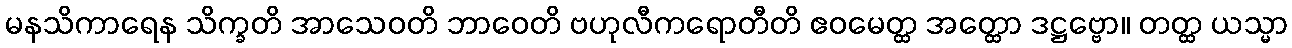
မနသိကာရေန သိက္ခတိ အာသေဝတိ ဘာဝေတိ ဗဟုလီကရောတီတိ ဧဝမေတ္ထ အတ္ထော ဒဋ္ဌဗ္ဗော။ တတ္ထ ယသ္မာ